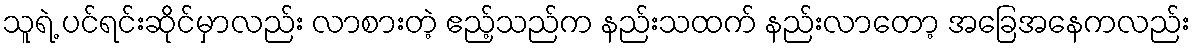
သူရဲ့ ပင်ရင်းဆိုင်မှာလည်း လာစားတဲ့ ဧည့်သည်က နည်းသထက် နည်းလာတော့ အခြေအနေကလည်း